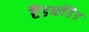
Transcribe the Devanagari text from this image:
हैंडब्लेंडेड